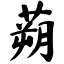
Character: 蒴